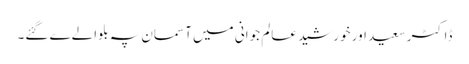
ڈاکٹر سعید اور خورشید عالم جوانی میں آسمان پہ بلوالےے گئے۔